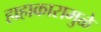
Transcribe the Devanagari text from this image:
हाहाकारामुळे